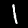
Label: 1